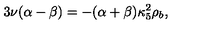
3 \nu ( \alpha - \beta ) = - ( \alpha + \beta ) \kappa _ { 5 } ^ { 2 } \rho _ { b } ,